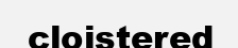
cloistered